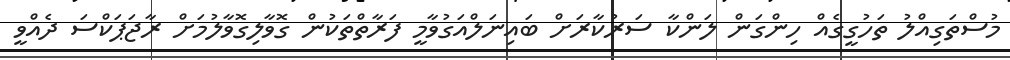
މުސްތަގިއްލު ތަހުގީގެއް ހިންގަން ލަންކާ ސަރުކާރަށް ބައިނަލްއަގުވާމީ ފަރާތްތަކުން ގޮވާލިގޮވާލުމަށް ރާޖަޕަކްސަ ދެއްވީ